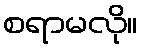
စရာမလို။